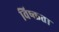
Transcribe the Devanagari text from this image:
विष्क्तता